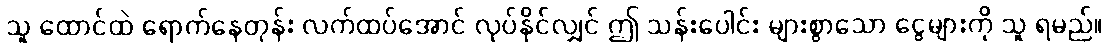
သူ ထောင်ထဲ ရောက်နေတုန်း လက်ထပ်အောင် လုပ်နိုင်လျှင် ဤ သန်းပေါင်း များစွာသော ငွေများကို သူ ရမည်။